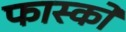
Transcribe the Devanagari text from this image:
फास्को